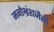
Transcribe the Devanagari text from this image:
मनोभ्रंशजैसी